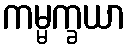
ကမ္မက္ခယာ